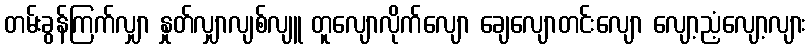
တမ်းခွန်ကြက်လျှာ နှုတ်လျှာလျစ်လျူ တူလျောလိုက်လျော ချေလျောတင်းလျော လျော့ညံ့လျော့လျား